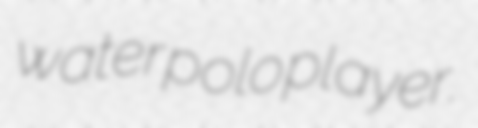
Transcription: water polo player.